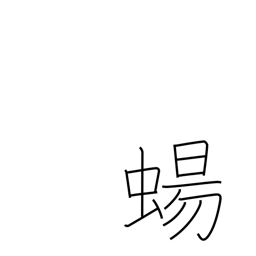
Meaning: lizard